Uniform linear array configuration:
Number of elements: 24
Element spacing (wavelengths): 0.25
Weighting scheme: exponential
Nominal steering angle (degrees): -60
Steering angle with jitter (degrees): -59.472
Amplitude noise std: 0.05
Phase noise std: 0.05

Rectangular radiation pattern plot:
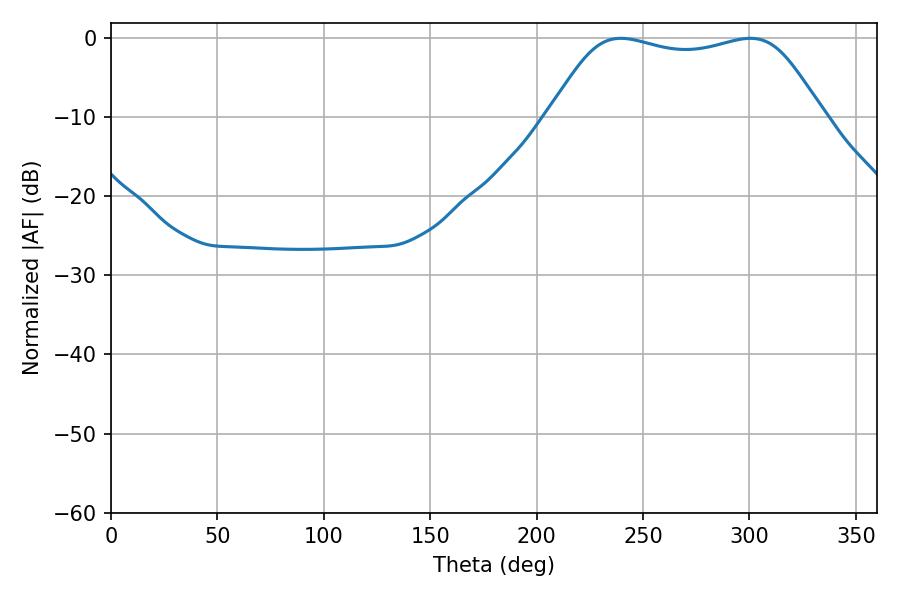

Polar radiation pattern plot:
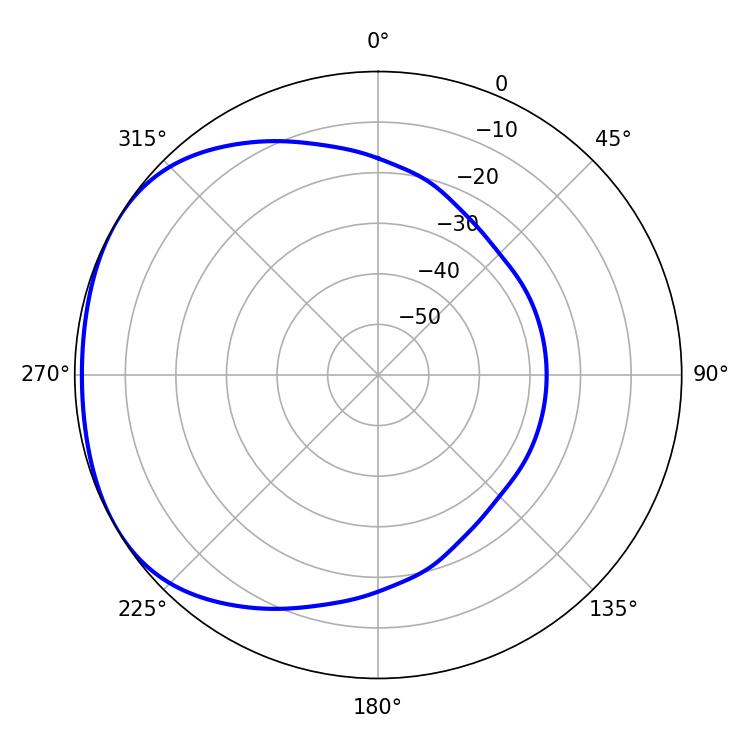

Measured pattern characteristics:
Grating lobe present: FALSE
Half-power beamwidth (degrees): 97.92
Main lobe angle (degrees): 239.58